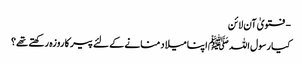
- فتویٰ آن لائن
کیا رسول اللہ ﷺ اپنا میلاد منانے کے لئے پیر کا روزہ رکھتے تھے؟